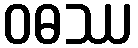
ဝဓဿ